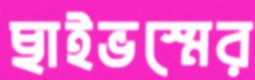
ছাইভস্মের